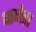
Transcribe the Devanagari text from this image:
धानेरा